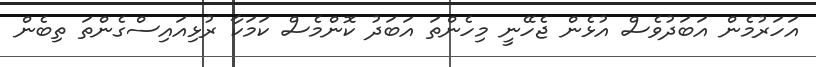
އަހަރުމެން އަބަދުވެސް އުޅެން ޖެހޭނީ މިހެންތަ އަބަދު ކޮންމެސް ކަމަކާ ރުޅިއައިސްގެންތަ ތިބެން